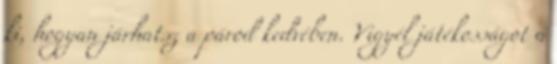
ki, hogyan járhatsz a párod kedvében. Vigyél játékosságot a